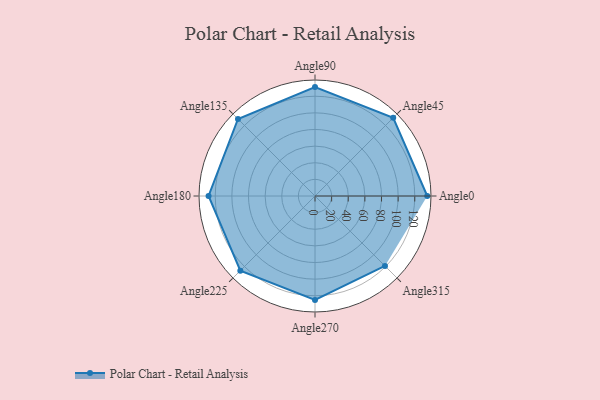
{"axis": {"x": "Angle", "y": "Radius"}, "legend": [""], "data": [{"x": "Angle0", "y": 135.0, "type": ""}, {"x": "Angle45", "y": 133.0, "type": ""}, {"x": "Angle90", "y": 131.0, "type": ""}, {"x": "Angle135", "y": 131.0, "type": ""}, {"x": "Angle180", "y": 128.0, "type": ""}, {"x": "Angle225", "y": 127.0, "type": ""}, {"x": "Angle270", "y": 125.0, "type": ""}, {"x": "Angle315", "y": 119.0, "type": ""}]}